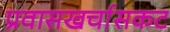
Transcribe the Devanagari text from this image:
प्रवासखर्चासकट